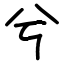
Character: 兮